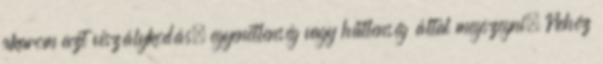
akarom azt viszálykodás, egyenetlenség vagy hűtlenség által megszegni. Nehéz